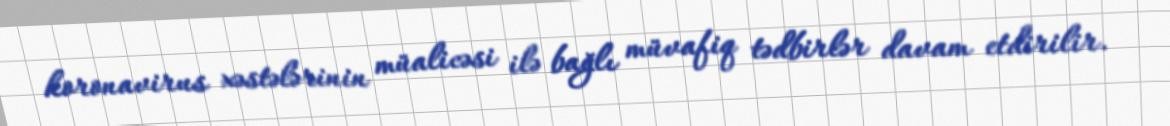
koronavirus xəstələrinin müalicəsi ilə bağlı müvafiq tədbirlər davam etdirilir.